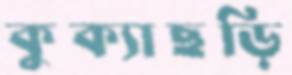
কুক্যাছড়ি